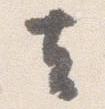
去